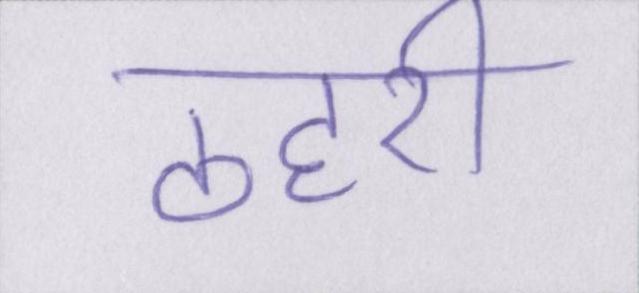
ठहरी